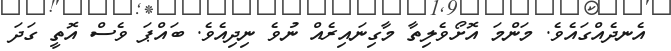
އެނދެއްގައެވެ. މަންމަ އޮށޯވެލިތާ މާގިނައިރެއް ނުވެ ނިދިއެވެ. ބައްޕަ ވެސް އޮތީ ގަދަ